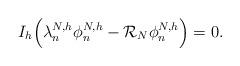
LaTeX: \begin{align*}I_h\Big(\lambda_n^{N,h}\phi_{n}^{N,h}-\mathcal{R}_N\phi_{n}^{N,h}\Big)=0.\end{align*}